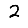
Digit: 2